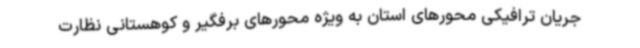
جریان ترافیکی محورهای استان به ویژه محورهای برفگیر و کوهستانی نظارت